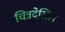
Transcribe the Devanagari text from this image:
चित्रदेखिल